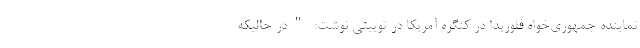
نماینده جمهوری‌خواه فلوریدا در کنگره آمریکا در توییتی نوشت: "در حالیکه